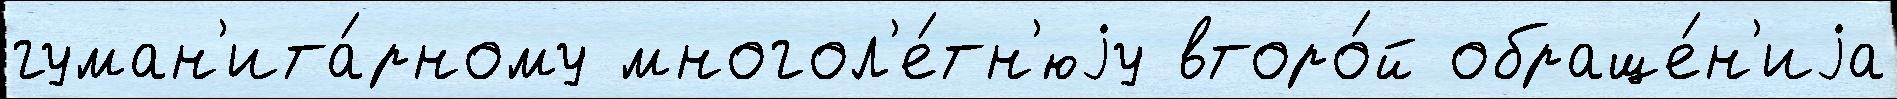
гуман'ита́рному многол'е́тн'юjу второ́й обраще́н'иjа